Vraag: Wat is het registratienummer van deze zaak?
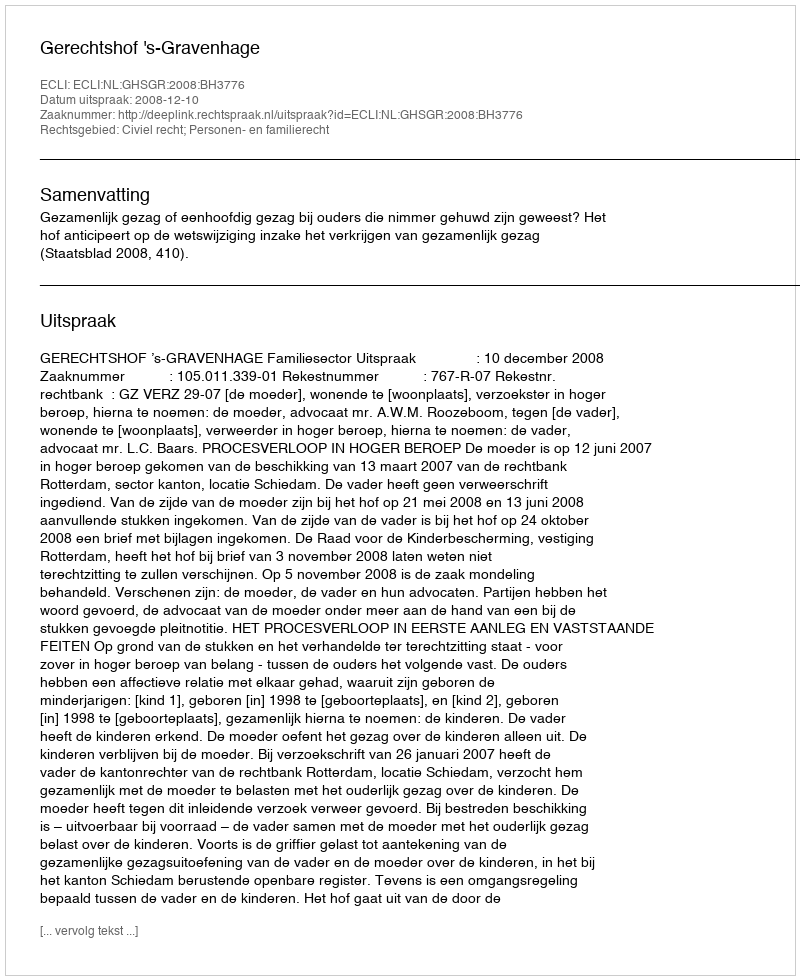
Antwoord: http://deeplink.rechtspraak.nl/uitspraak?id=ECLI:NL:GHSGR:2008:BH3776